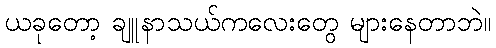
ယခုတော့ ချူနာသယ်ကလေးတွေ များနေတာဘဲ။